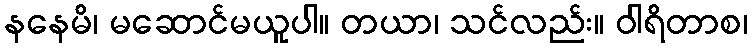
နနေမိ၊ မဆောင်မယူပါ။ တယာ၊ သင်လည်း။ ဝါရိတာစ၊